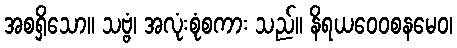
အစရှိသော။ သဗ္ဗံ၊ အလုံးစုံစကား သည်။ နိရယဝေဝစနမေဝ၊